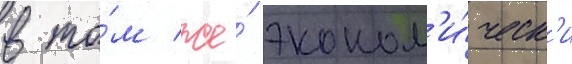
в то́м же́ эконом'и́ческ'и